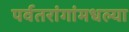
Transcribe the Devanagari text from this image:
पर्वतरांगांमधल्या